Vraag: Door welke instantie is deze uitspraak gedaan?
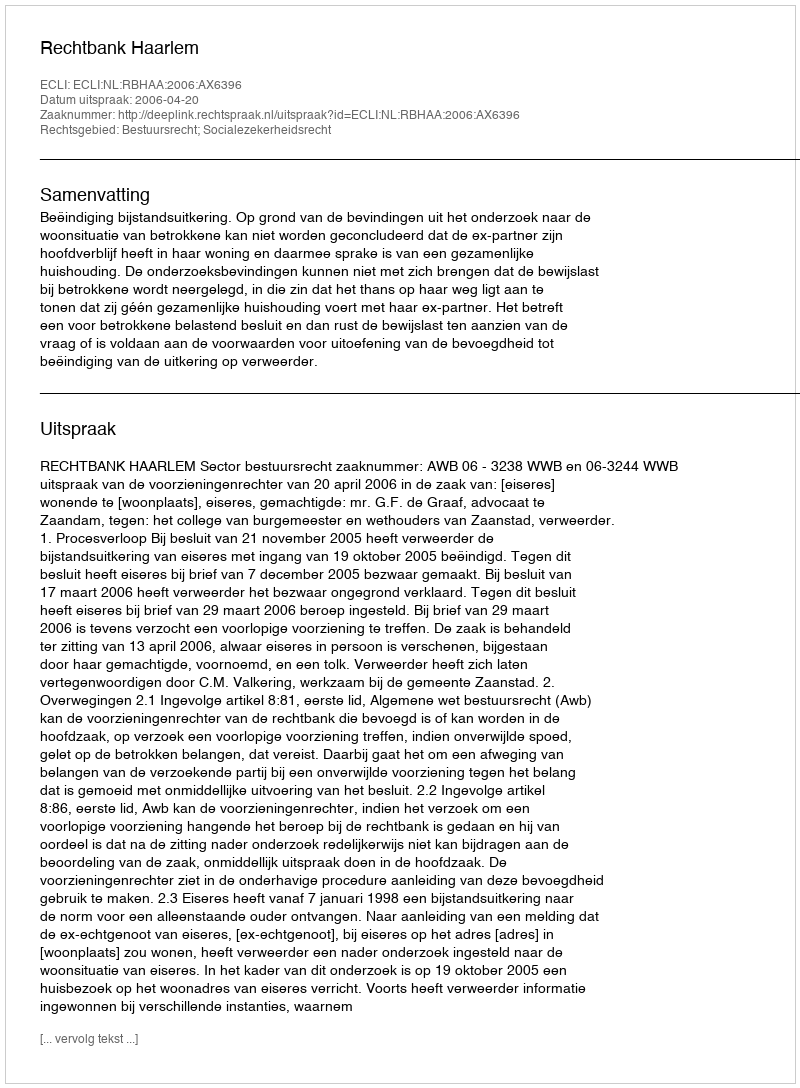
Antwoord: Rechtbank Haarlem